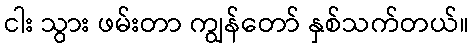
ငါး သွား ဖမ်းတာ ကျွန်တော် နှစ်သက်တယ်။